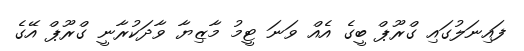
ފައިނަލުގައި ގްރޫޕް ބީގެ އެއް ވަނަ ޓީމު މާޒިޔާ ވާދަކުރާނީ ގްރޫޕް އޭގެ